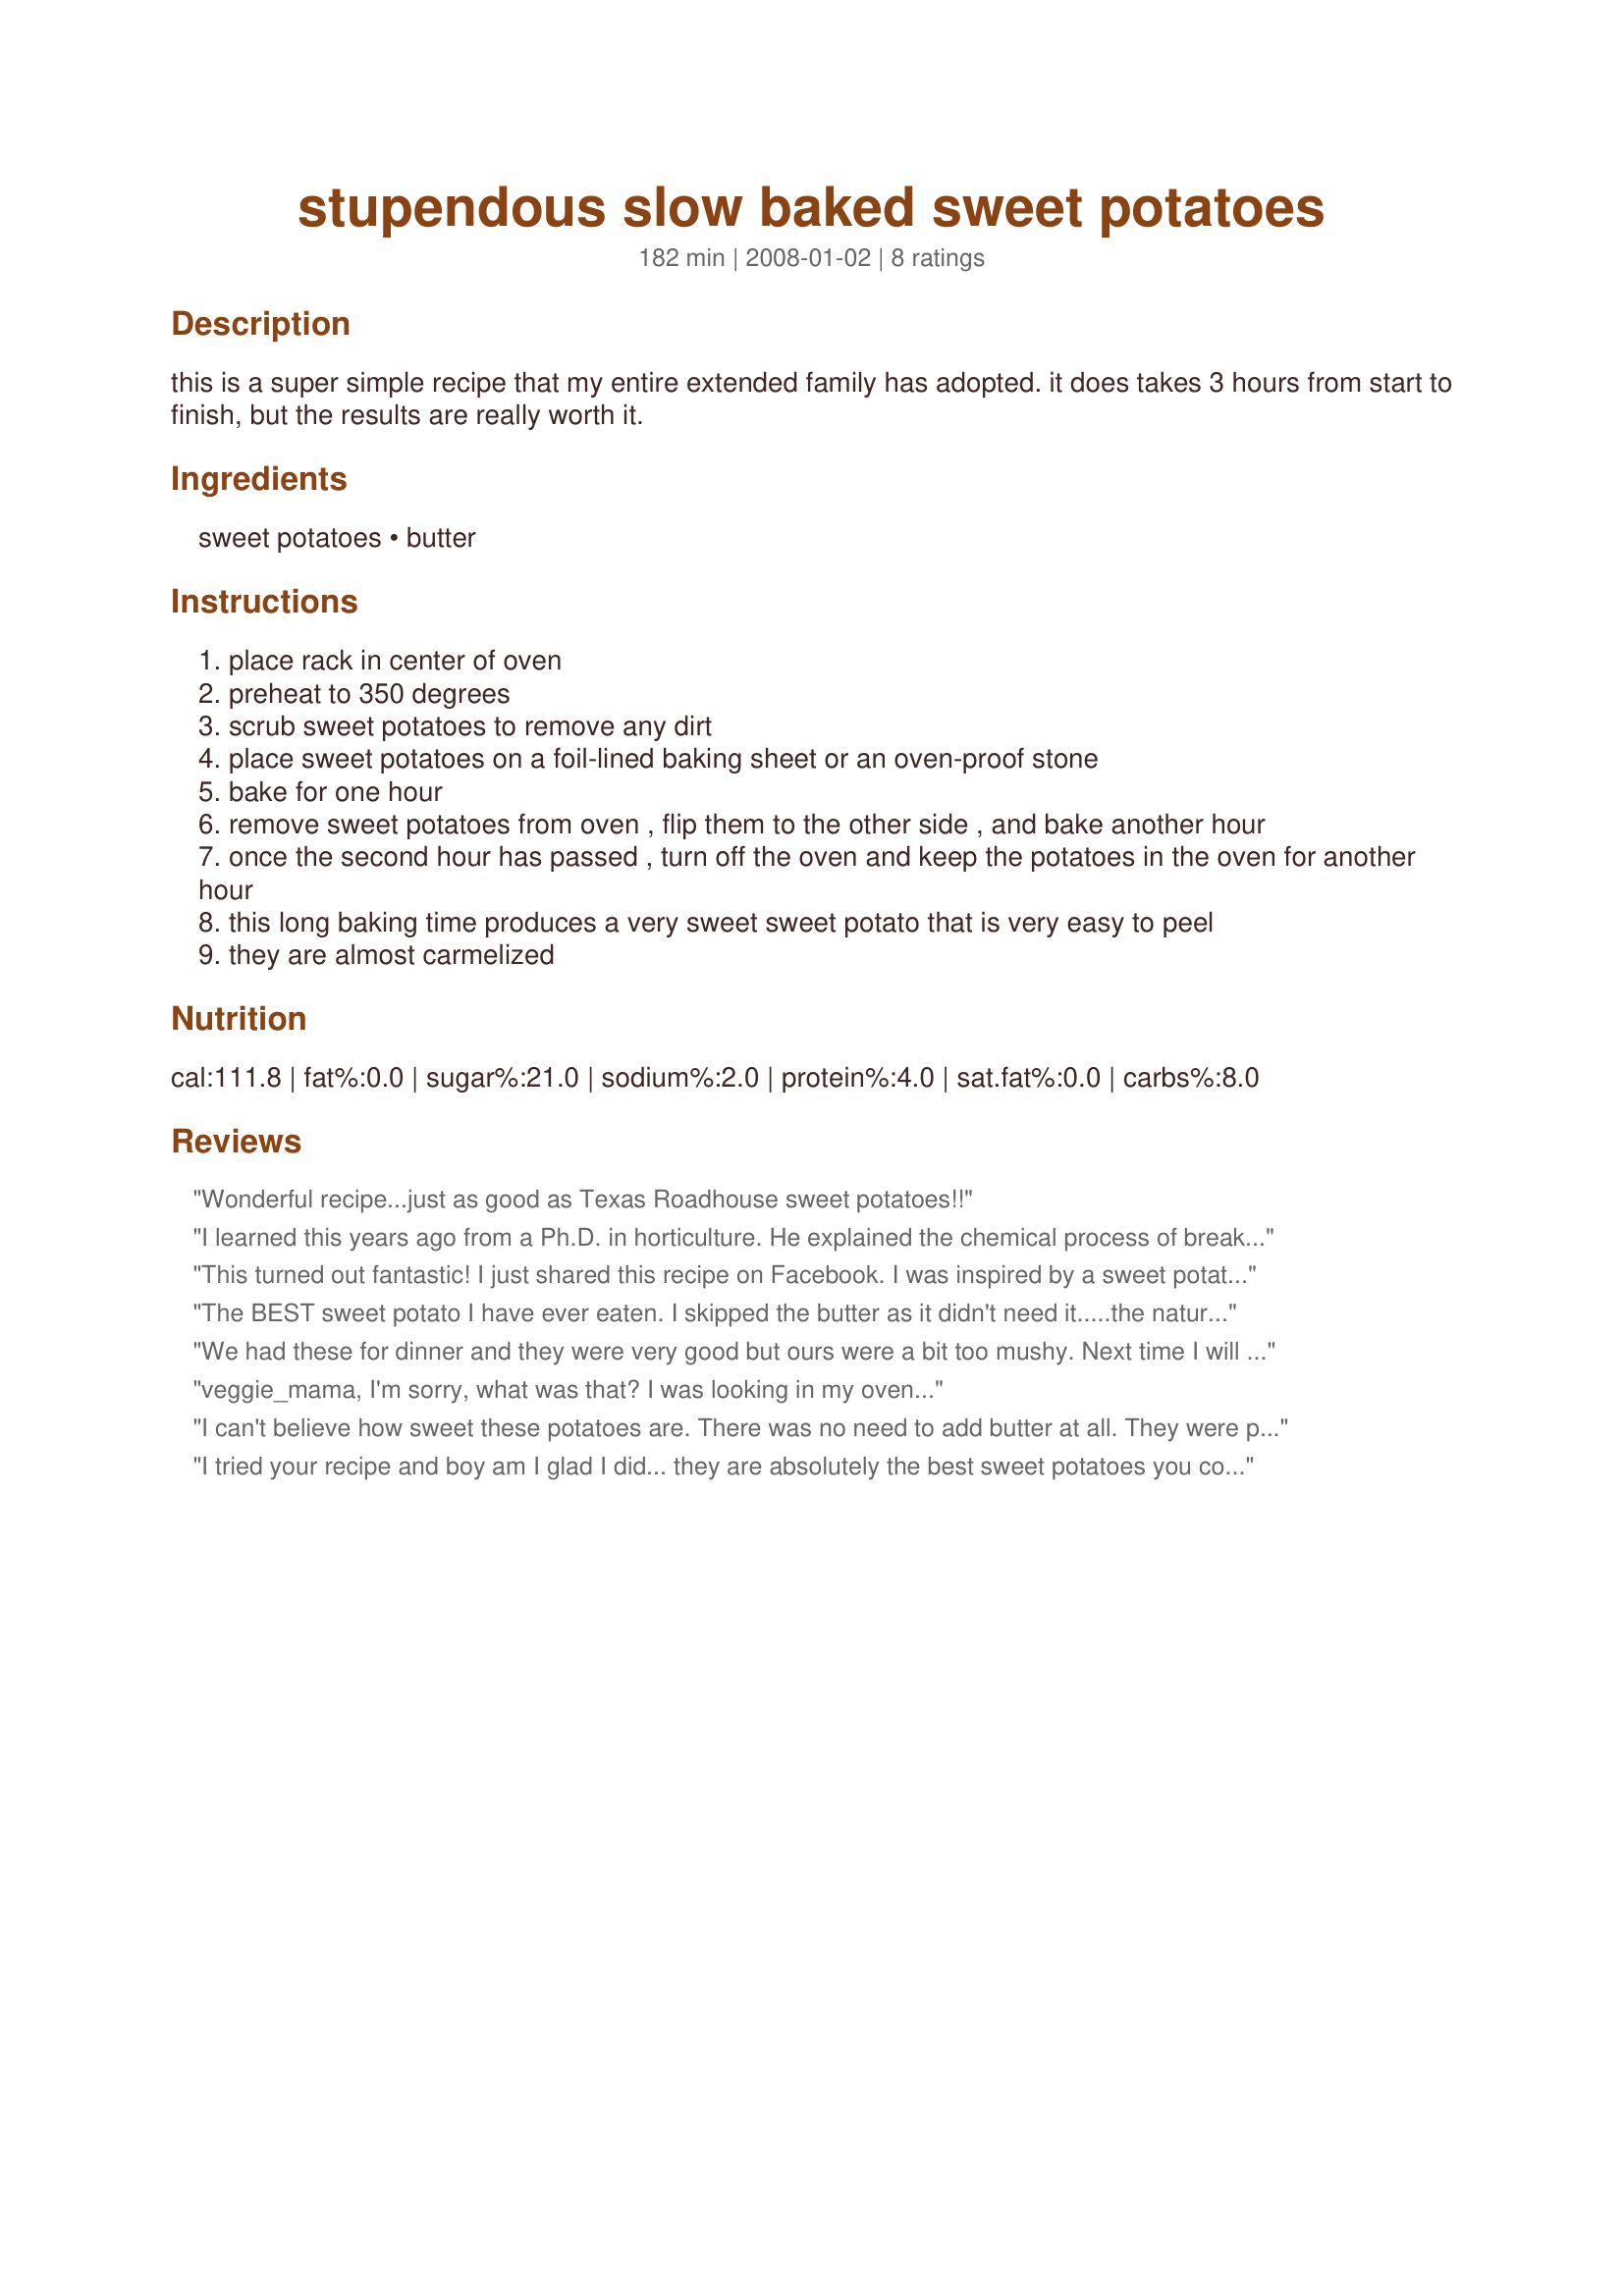
stupendous slow baked sweet potatoes
Preparation time: 182 minutes

this is a super simple recipe that my entire extended family has adopted. it does takes 3 hours from start to finish, but the results are really worth it.

Ingredients:
sweet potatoes, butter

Steps:
place rack in center of oven
preheat to 350 degrees
scrub sweet potatoes to remove any dirt
place sweet potatoes on a foil-lined baking sheet or an oven-proof stone
bake for one hour
remove sweet potatoes from oven , flip them to the other side , and bake another hour
once the second hour has passed , turn off the oven and keep the potatoes in the oven for another hour
this long baking time produces a very sweet sweet potato that is very easy to peel
they are almost carmelized

Reviews:
Wonderful recipe...just as good as Texas Roadhouse sweet potatoes!!
I learned this years ago from a Ph.D. in horticulture. He explained the chemical process of breaking down the sugars. 4 hours at 250&deg; - even better! Slow and low is the way to go!
This turned out fantastic! I just shared this recipe on Facebook. I was inspired by a sweet potato I had at a restaurant and you didn't even need butter, it was sooo soft and delicious. Waitress said the trick is *low and slow* and I searched for a recipe, found this recipe, made it, and MAN IT WAS PERFECT! I didn't need butter, skin peeled right off.. THANK YOU! :D
The BEST sweet potato I have ever eaten. I skipped the butter as it didn't need it.....the natural sweetness was excellent. I can't believe that this recipe has been waiting for me all these years. So glad I finally found it. I am baking these for the 2nd time today and will be making many more times in the future. Thank you so much for posting.
We had these for dinner and they were very good but ours were a bit too mushy. Next time I will try cooking them 1.5 hours and then letting them set 1 hour. Thank you for this simply nice side dish.
veggie_mama, I'm sorry, what was that? I was looking in my oven...
I can't believe how sweet these potatoes are. There was no need to add butter at all. They were perfect as is. Made for Pac Fall '08
I tried your recipe and boy am I glad I did... they are absolutely the best sweet potatoes you could eat. Like you said peeling them is a breeeze.. I will make them often. Thanks a million for posting this recipe.
